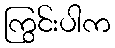
ကြွင်းပါက